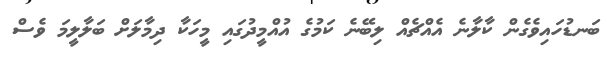
ބަނޑުހައިވެގެން ކާލާނެ އެއްޗެއް ލިބޭނެ ކަމުގެ އުއްމީދުގައި މީހަކާ ދިމާލަށް ބަލާލީމަ ވެސް